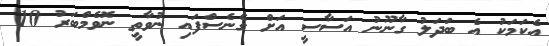
އެކަމަކު އެ ބަދަލު ގާނޫނު އަސާސީ އަށް ގެނެސްފައި ނުވާތީ ނޮވެމްބަރު 10